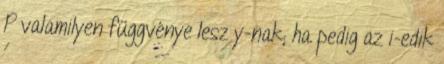
P valamilyen függvénye lesz y-nak; ha pedig az i-edik